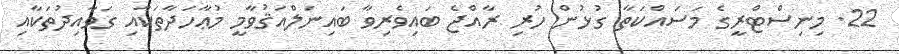
22. މިނިސްޓްރީގެ މަސައްކަތާ ގުޅުން ހުރި ރާއްޖެ ބައިވެރިވާ ބައިނަލްއަޤުވާމީ މުޢާހަދާތަކާއި ގަވާއިދުތަކާއި